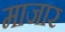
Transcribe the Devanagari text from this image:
माजार